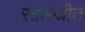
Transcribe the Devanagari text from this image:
रक्तरंजीत